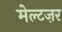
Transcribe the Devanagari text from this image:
मेल्टज़र